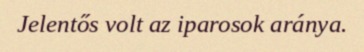
Jelentős volt az iparosok aránya.